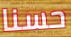
حسنا